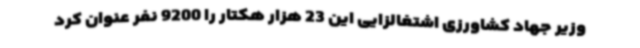
وزیر جهاد کشاورزی اشتغالزایی این 23 هزار هکتار را 9200 نفر عنوان کرد